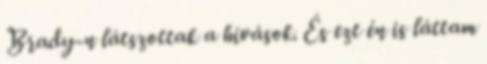
Brady-n látszottak a hívások. És ezt én is láttam